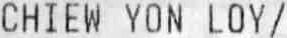
CHIEW YON LOY /